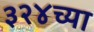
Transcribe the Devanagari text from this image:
३२४च्या